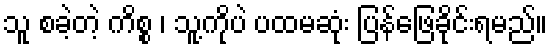
သူ စခဲ့တဲ့ ကိစ္စ ၊ သူ့ကိုပဲ ပထမဆုံး ပြန်ဖြေခိုင်းရမည်။